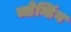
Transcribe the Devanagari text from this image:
ब्लेन्डिंग